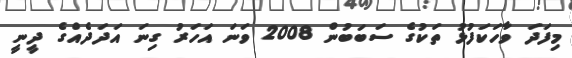
މިފަދަ ވާހަކަފުޅު ތަކުގެ ސަބަބުން 2008 ވަނަ އަހަރު ގިނަ އަދަދެއްގެ ދީނީ